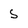
Character: S